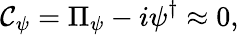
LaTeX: {\cal C}_{\psi}=\Pi_{\psi}-i\psi^{\dagger}\approx 0,